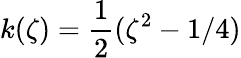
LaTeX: k(\zeta)=\frac{1}{2}(\zeta^{2}-1/4)